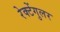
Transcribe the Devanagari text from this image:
रेक्टेंगुलर